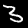
Digit: 3